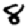
Digit: 8